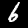
Digit: 6